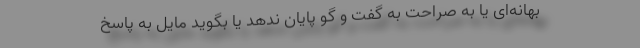
بهانه‌ای یا به صراحت به گفت و گو پایان ندهد یا بگوید مایل به پاسخ